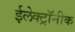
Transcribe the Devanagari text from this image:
ईलेक्ट्रॉनीक